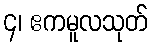
၄၊ ဧကမူလသုတ်